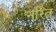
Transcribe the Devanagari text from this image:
नरित